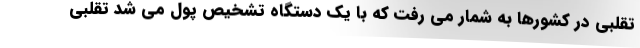
تقلبی در کشورها به شمار می رفت که با یک دستگاه تشخیص پول می شد تقلبی